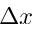
\Delta x